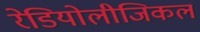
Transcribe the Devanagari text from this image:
रेडियोलीजिकल